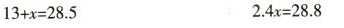
$$1 3 + x = 2 8 . 5$$$$2 . 4 x = 2 8 . 8$$